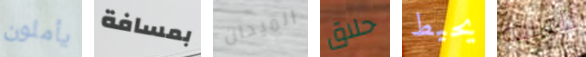
يأملون بمسافة الميدان حلاق يحيط للولادة